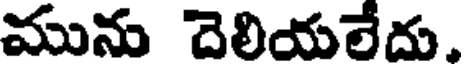
మును దెలియలేదు.